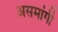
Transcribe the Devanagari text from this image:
असमांगी